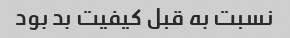
نسبت به قبل کیفیت بد بود